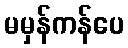
မမှန်ကန်ပေ